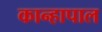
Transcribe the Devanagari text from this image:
कान्हापाल